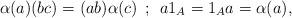
LaTeX: \begin{align*}\alpha(a)(bc)=(ab)\alpha(c)\:\: ;\:\: a1_A=1_Aa=\alpha(a),\end{align*}